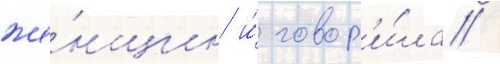
же́нщин и́ говор'и́ла /